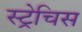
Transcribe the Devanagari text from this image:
स्ट्रेचिस